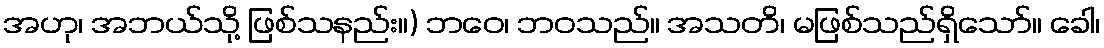
အဟု၊ အဘယ်သို့ ဖြစ်သနည်း။) ဘဝေ၊ ဘဝသည်။ အသတိ၊ မဖြစ်သည်ရှိသော်။ ခေါ၊